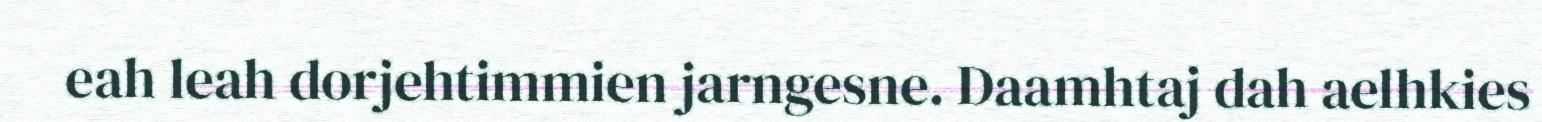
eah leah dorjehtimmien jarngesne. Daamhtaj dah aelhkies